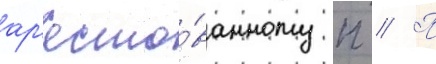
ар'есто́ванному п // П